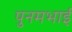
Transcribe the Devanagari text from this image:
पुनमभाई